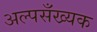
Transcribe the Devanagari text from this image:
अल्पसँख्यक